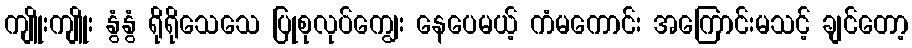
ကျိူးကျိူး နွံနွံ ရိုရိုသေသေ ပြုစုလုပ်ကျွေး နေပေမယ့် ကံမကောင်း အကြောင်းမသင့် ချင်တော့